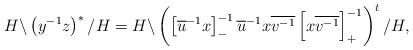
LaTeX: \begin{align*}H\backslash\left(y^{-1}z\right)^*/H=H\backslash\left(\left[\overline{u}^{-1}x\right]_-^{-1}\overline{u}^{-1}x\overline{v^{-1}}\left[x\overline{v^{-1}}\right]_+^{-1}\right)^t/H,\end{align*}